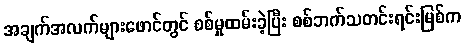
အချက်အလက်များဖောင်တွင် စစ်မှုထမ်းခဲ့ပြီး စစ်ဘက်သတင်းရင်းမြစ်က